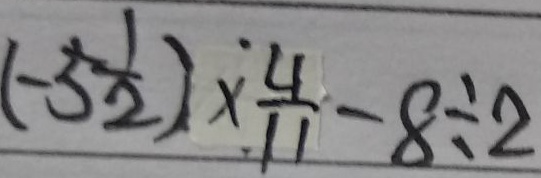
( - 5 \frac { 1 } { 2 } ) \times \frac { 4 } { 1 1 } - 8 \div 2